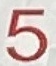
5